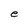
Character: e